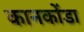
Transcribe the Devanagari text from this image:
कानकोंडा